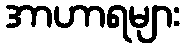
အာဟာရများ